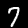
Label: 7